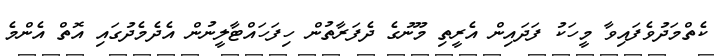
ކެތްމަދުވެފައިވާ މީހަކު ފަދައިން އެރީތި މޫނުގެ ދެފަރާތުން ހިފަހައްޓާލީނުން އެދެމެދުގައި އޮތް އެންމެ